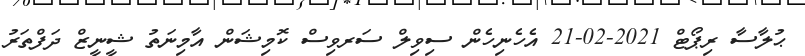
ޙުލާސާ ރިޕޯޓް 2021-02-21 އެހެނިހެން ސިވިލް ސަރވިސް ކޮމިޝަން އާމިނަތު ޝީނީޒް ދަފްތަރު